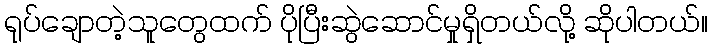
ရုပ်ချောတဲ့သူတွေထက် ပိုပြီးဆွဲဆောင်မှုရှိတယ်လို့ ဆိုပါတယ်။